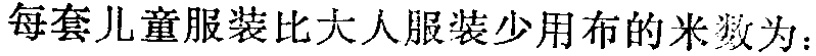
每套儿童服装比大人服装少用布的米数为：